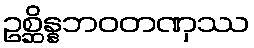
ဥစ္ဆိန္နဘဝတဏှဿ